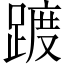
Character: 踱